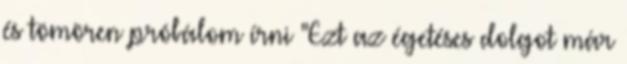
és tömören próbálom írni "Ezt az égetéses dolgot már